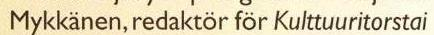
Mykkänen, redaktör för Kulttuuritorstai